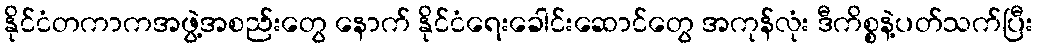
နိုင်ငံတကာကအဖွဲ့အစည်းတွေ နောက် နိုင်ငံရေးခေါင်းဆောင်တွေ အကုန်လုံး ဒီကိစ္စနဲ့ပတ်သက်ပြီး